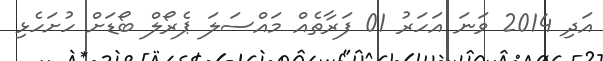
އަދި 2014 ވަނަ އަހަރު 01 ފަރާތެއް މައްސަލަ ޕެރޯލް ބޯޑަށް ހުށަހެޅި